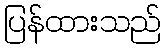
ပြန်ထားသည်